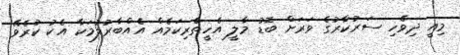
މިއީ ދިވެހި ސަރުކާރުގެ ވަރަށް ބޮޑު މާލީ އެހީތެރިކަމެއް އެއްބާރުލުމަކާ އެކު ކުރެވޭ